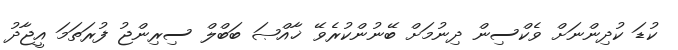
ކުޑަ ކުދިންނަށް ވެކްސިން ދިނުމަށް ބޭނުންކުރެވޭ ޚާއްޞަ ބަބްލް ސިރިންޖު ފުރަތަމަ އީޖާދު